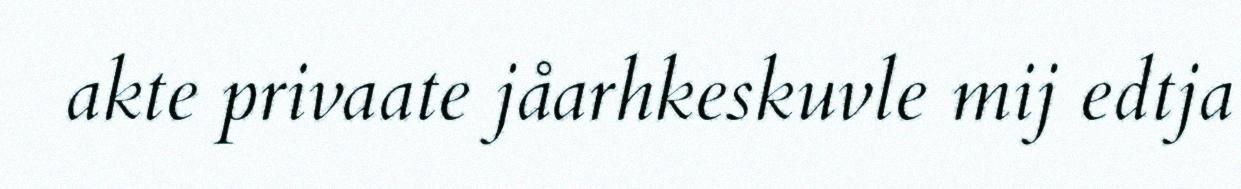
akte privaate jåarhkeskuvle mij edtja